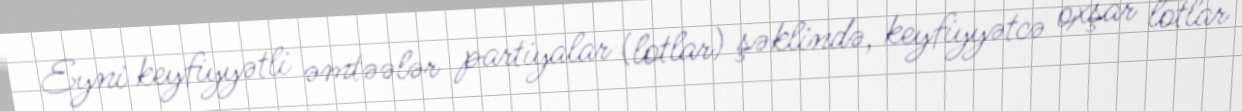
Eyni keyﬁyyətli əmtəələr partiyalar (lotlar) şəklində, keyfiyyətcə oxşar lotlar